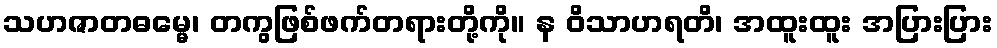
သဟဇာတဓမ္မေ၊ တကွဖြစ်ဖက်တရားတို့ကို။ န ဝိသာဟရတိ၊ အထူးထူး အပြားပြား